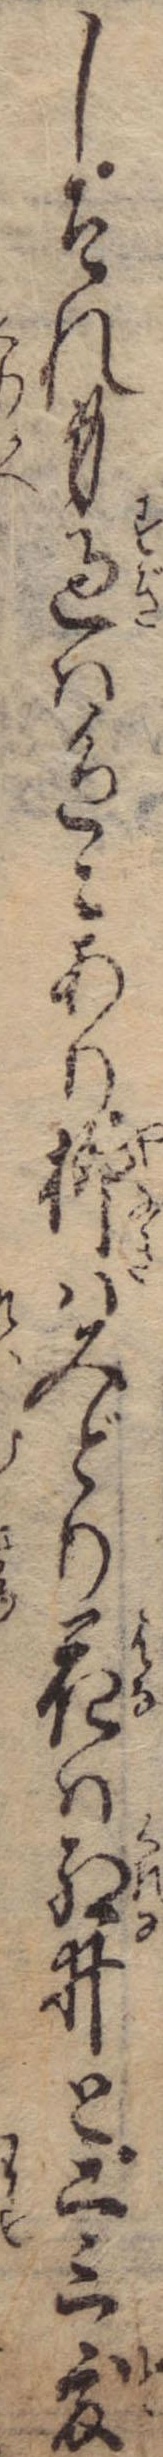
しそれ身過は色々あり柳はみどり花は紅ゐと二三度